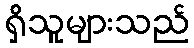
ရှိသူများသည်